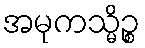
အမုကသ္မိဉ္စ